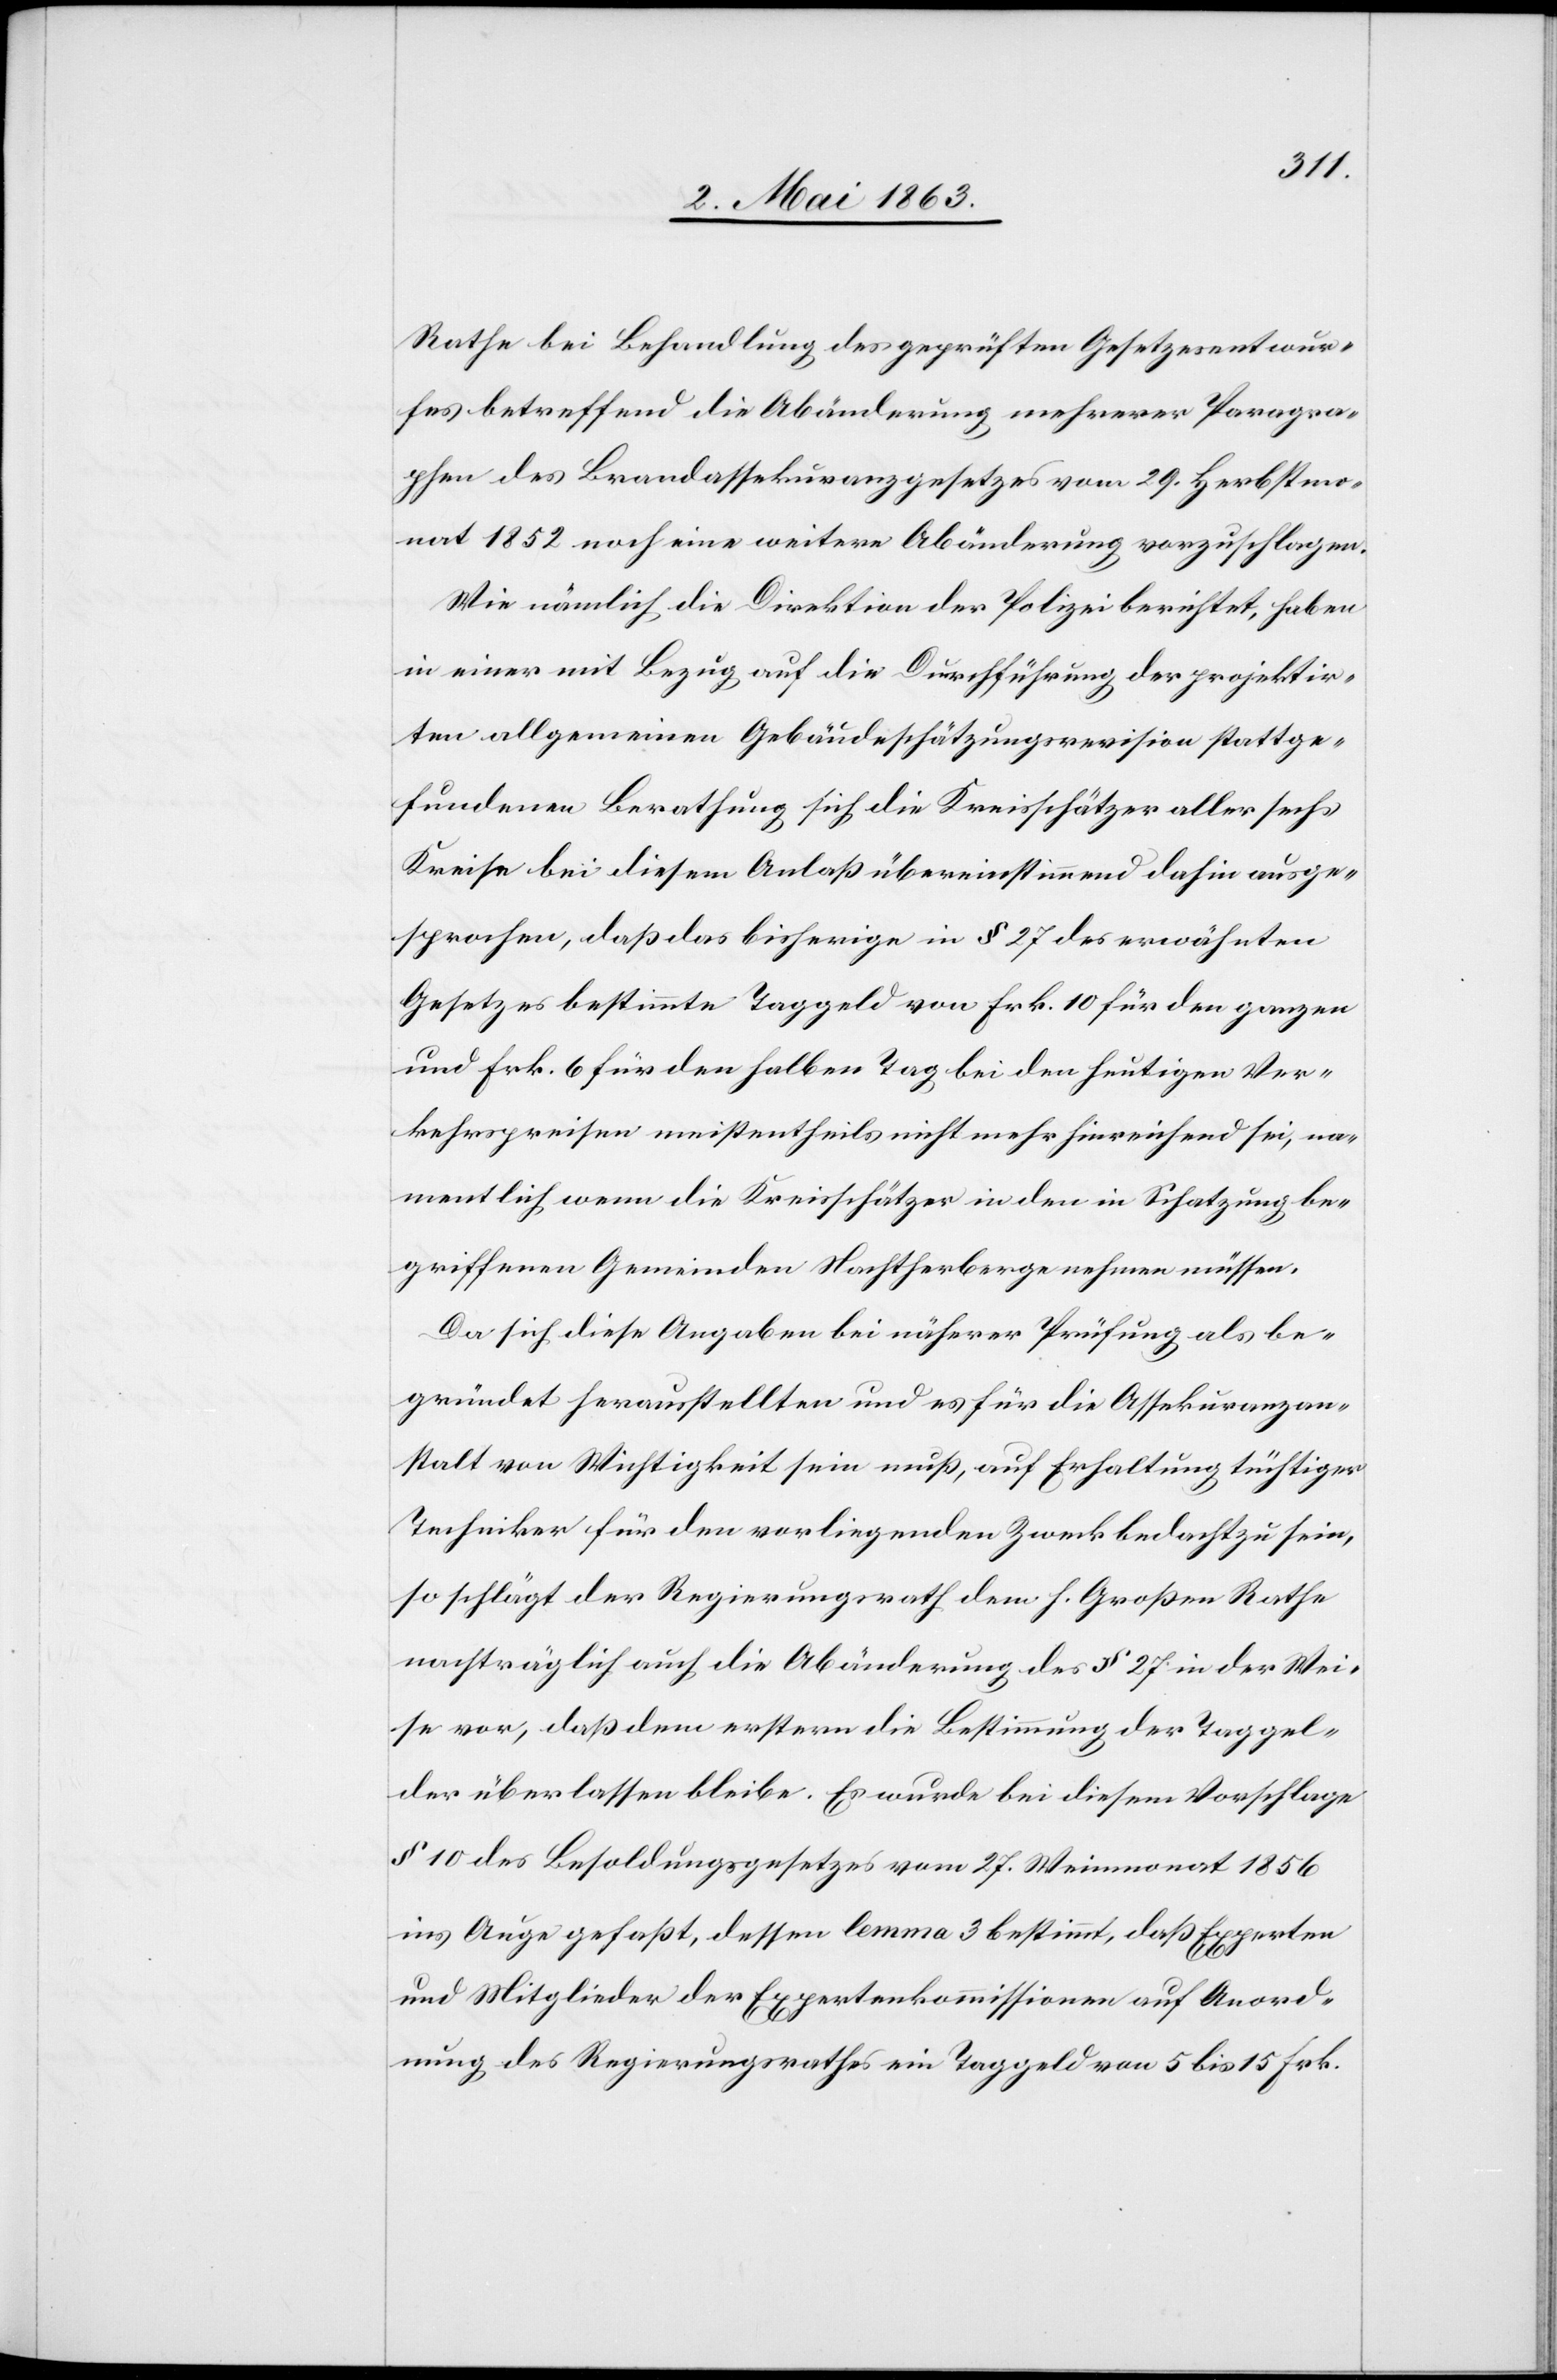
Rathe bei Behandlung des geprüften Gesetzesentwur¬
fes betreffend die Abänderung mehrerer Paragra¬
phen des Brandassekuranzgesetzes vom 29. Herbstmo¬
nat 1852 noch eine weitere Abänderung vorzuschlagen.
Wie nämlich die Direktion der Polizei berichtet, haben
in einer mit Bezug auf die Durchführung der projektir¬
ten allgemeinen Gebäudeschätzungsrevision stattge¬
fundenen Berathung sich die Kreisschätzer aller sechs
Kreise bei diesem Anlaß übereinstimmend dahin ausge¬
sprochen, daß das bisherige in § 27 des erwähnten
Gesetzes bestimmte Taggeld von Frk. 10 für den ganzen
und Frk. 6 für den halben Tag bei den heutigen Ver¬
kehrspreisen meistentheils nicht mehr hinreichend sei, na¬
mentlich wenn die Kreisschätzer in den in Schatzung be¬
griffenen Gemeinden Nachtherberge nehmen müssen.
Da sich diese Angaben bei näherer Prüfung als be¬
gründet herausstellten und es für die Assekuranzan¬
stalt von Wichtigkeit sein muß, auf Erhaltung tüchtiger
Techniker für den vorliegenden Zweck bedacht zu sein,
so schlägt der Regierungsrath dem h. Großen Rathe
nachträglich auch die Abänderung des § 27 in der Wei¬
se vor, daß dem erstern die Bestimmung der Taggel¬
der überlassen bleibe. Es wurde bei diesem Vorschlage
§ 10 des Besoldungsgesetzes vom 27. Weinmonat 1856
ins Auge gefaßt, dessen lemma 3 bestimmt, daß Experten
und Mitglieder der Expertenkommissionen auf Anord¬
nung des Regierungsrathes ein Taggeld von 5 bis 15 Frk.